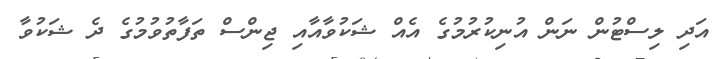
އަދި ލިސްޓުން ނަން އުނިކުރުމުގެ އެއް ޝަކުވާއާއި ޖިންސް ތަފާތުވުމުގެ ދެ ޝަކުވާ